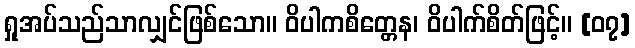
ရှုအပ်သည်သာလျှင်ဖြစ်သော။ ဝိပါကစိတ္တေန၊ ဝိပါက်စိတ်ဖြင့်။ [၀၇]